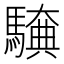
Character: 𮪖